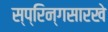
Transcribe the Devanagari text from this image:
स्प्रिन्गसारखे